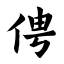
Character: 俜